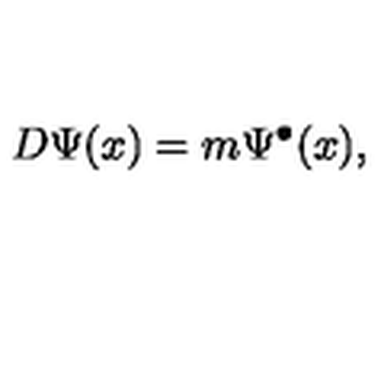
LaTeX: D \Psi ( x ) = m \Psi ^ { \bullet } ( x ) ,